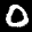
Digit: 0